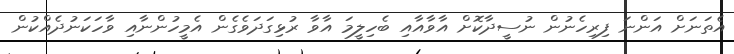
އެތަނަށް އަންނަ ފިރިހެނުން ނުސީދާކޮށް އާވާއާއި ބެހިލީމަ އާވާ ރުޅިގަދަވެގެން އެމީހުންނާއި ވާހަކަނުދެއްކުން